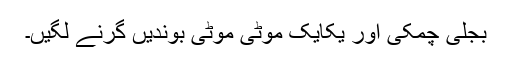
بجلی چمکی اور یکایک موٹی موٹی بوندیں گرنے لگیں۔